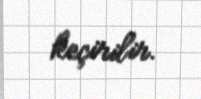
keçirilir.